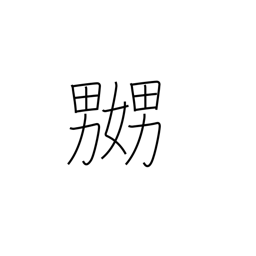
Meaning: tease